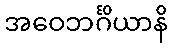
အဝေဘင်္ဂိယာနိ